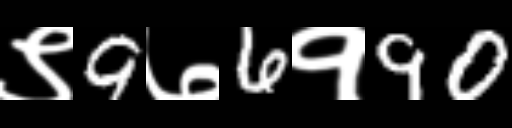
Text: ९9७6१90